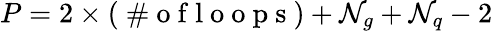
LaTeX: P=2\times(\mathrm{~\# ~o~f~l~o~o~p~s~})+{\cal N}_{g}+{\cal N}_{q}-2